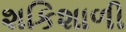
શકિશાળી